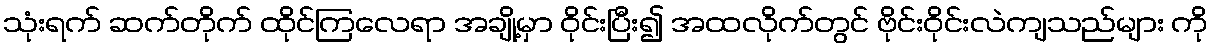
သုံးရက် ဆက်တိုက် ထိုင်ကြလေရာ အချို့မှာ ဝိုင်းပြီး၍ အထလိုက်တွင် ဗိုင်းဝိုင်းလဲကျသည်များ ကို